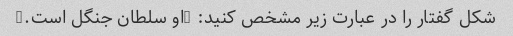
شکل گفتار را در عبارت زیر مشخص کنید: "او سلطان جنگل است."